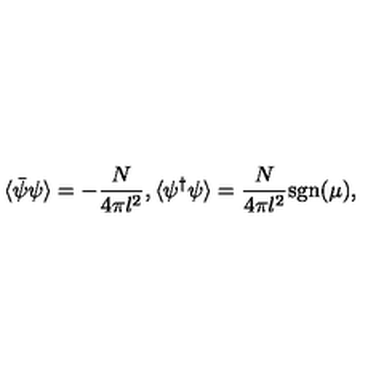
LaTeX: \langle \bar { \psi } \psi \rangle = - \frac { N } { 4 \pi l ^ { 2 } } , \langle \psi ^ { \dagger } \psi \rangle = \frac { N } { 4 \pi l ^ { 2 } } \mathrm { s g n } ( \mu ) ,